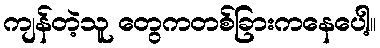
ကျန်တဲ့သူ တွေကတစ်ခြားကနေပေါ့။